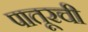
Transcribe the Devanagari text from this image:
पातूरची